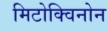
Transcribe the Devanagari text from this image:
मिटोक्विनोन